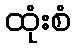
ထုံးစံ